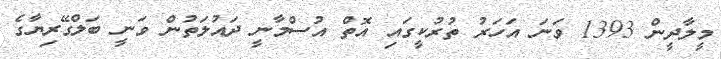
މީލާދީން 1393 ވަނަ އަހަރު ތުރުކީގައި އޮތް އުސްމާނީ ދައުލަތުން ވަނީ ބަލްގޭރިޔާގެ